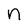
Character: n